Indian journal of veterinary science and animal husbandry - Volumes 24-25, 1954-1955
Year: 1954
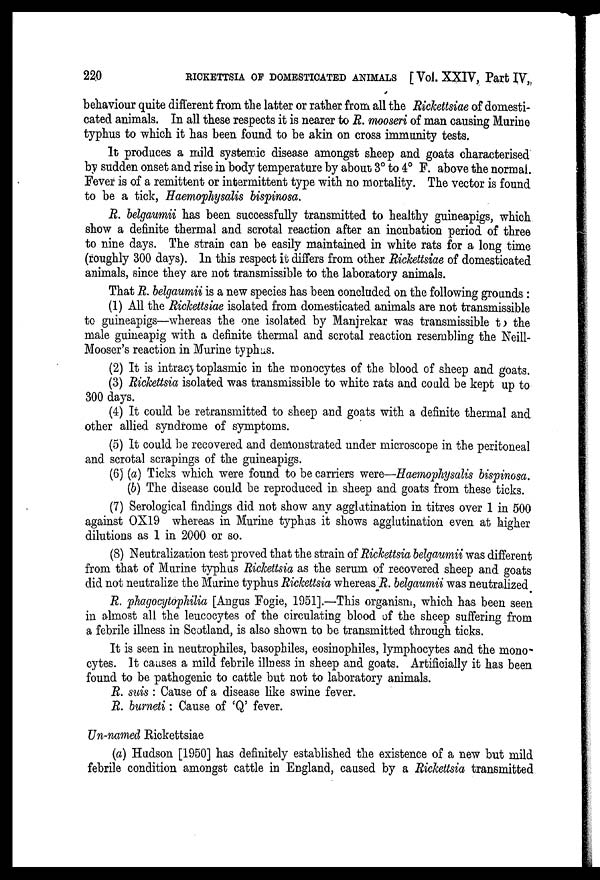
220
RICKETTSIA OF DOMESTICATED ANIMALS [ Vol. XXIV, Part IV,
behaviour quite different from the latter or rather from all the Rickettsiae of domesti-
cated animals. In all these respects it is nearer to R. mooseri of man causing Murine
typhus to which it has been found to be akin on cross immunity tests.
It produces a mild systemic disease amongst sheep and goats characterised
by sudden onset and rise in body temperature by about 3° to 4° F. above the normal.
Fever is of a remittent or intermittent type with no mortality. The vector is found
to be a tick, Haemophysalis bispinosa.
R. belgaumii has been successfully transmitted to healthy guineapigs, which
show a definite thermal and scrotal reaction after an incubation period of three
to nine days. The strain can be easily maintained in white rats for a long time
(roughly 300 days). In this respect it differs from other Rickettsiae of domesticated
animals, since they are not transmissible to the laboratory animals.
That R. belgaumii is a new species has been concluded on the following grounds :
(1) All the Rickettsiae isolated from domesticated animals are not transmissible
to guineapigs—whereas the one isolated by Manjrekar was transmissible to the
male guineapig with a definite thermal and scrotal reaction resembling the Neill-
Mooser's reaction in Murine typhus.
(2) It is intracytoplasmic in the monocytes of the blood of sheep and goats.
(3) Rickettsia isolated was transmissible to white rats and could be kept up to
300 days.
(4) It could be retransmitted to sheep and goats with a definite thermal and
other allied syndrome of symptoms.
(5) It could be recovered and demonstrated under microscope in the peritoneal
and scrotal scrapings of the guineapigs.
(6) (a) Ticks which were found to be carriers were—Haemophysalis bispinosa.
(b) The disease could be reproduced in sheep and goats from these ticks.
(7) Serological findings did not show any agglutination in titres over 1 in 500
against OX19 whereas in Murine typhus it shows agglutination even at higher
dilutions as 1 in 2000 or so.
(8) Neutralization test proved that the strain of Rickettsia belgaumii was different
from that of Murine typhus Rickettsia as the serum of recovered sheep and goats
did not neutralize the Murine typhus Rickettsia whereas R. belgaumii was neutralized
R. phagocytophilia [Angus Fogie, 1951].—This organism, which has been seen
in almost all the leucocytes of the circulating blood of the sheep suffering from
a febrile illness in Scotland, is also shown to be transmitted through ticks.
It is seen in neutrophiles, basophiles, eosinophiles, lymphocytes and the mono
cytes. It causes a mild febrile illness in sheep and goats. Artificially it has been
found to be pathogenic to cattle but not to laboratory animals.
R. suis: Cause of a disease like swine fever.
R. burneti: Cause of 'Q' fever.
Un-named Rickettsiae
(a) Hudson [1950] has definitely established the existence of a new but mild
febrile condition amongst cattle in England, caused by a Rickettsia transmitted